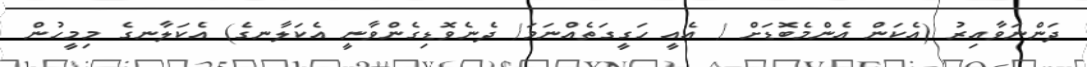
ދަންނަވާއިރު (އެކަން އެންމެބޮޑަށް / އެއީ ހަގީގަތެއްނަމަ/ ދެނެވޮޑިގެންވާނީ އެކަލާނގެ) އެކަލާނގެ މިމީހުން